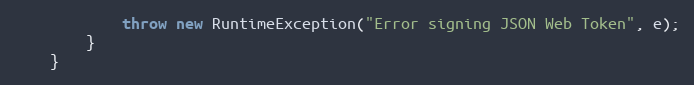
Language: Java
            throw new RuntimeException("Error signing JSON Web Token", e);
        }
    }